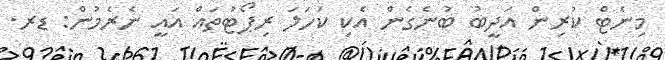
މިނެޓް ކުރިން އަދީބު ބުނެގެން އެކި ކަހަލަ ރިޕޯޓުތައް އައީ ނެރެމުން: ޑރ.